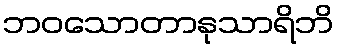
ဘဝသောတာနုသာရိဘိ